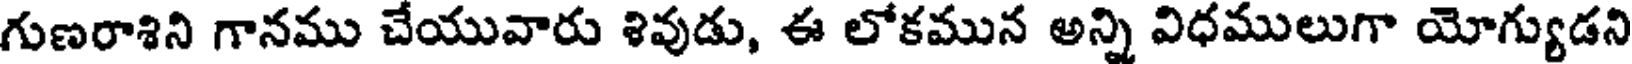
గుణరాశిని గానము చేయువారు శివుడు, ఈ లోకమున అన్ని విధములుగా యోగ్యుడని